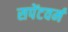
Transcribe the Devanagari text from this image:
सपेंटवर्म